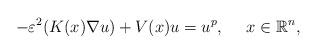
LaTeX: \begin{align*}-\varepsilon^2 (K(x)\nabla u) +V(x)u=u^{p},\ \ \ \ x\in \mathbb{R}^n,\end{align*}